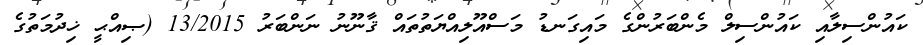
ކައުންސިލާއި ކައުންސިލް މެންބަރުންގެ މައިގަނޑު މަސްއޫލިއްޔަތުތައް ޤާނޫނު ނަންބަރު 13/2015 (ޞިއްޙީ ޚިދުމަތުގެ